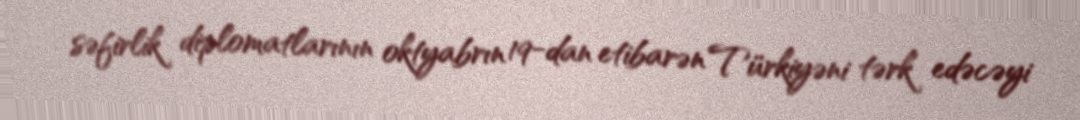
səfirlik diplomatlarının oktyabrın 19-dan etibarən Türkiyəni tərk edəcəyi